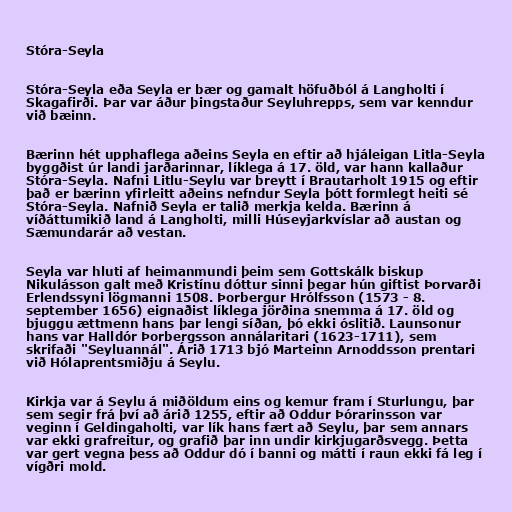
Stóra-Seyla

Stóra-Seyla eða Seyla er bær og gamalt höfuðból á Langholti í
Skagafirði. Þar var áður þingstaður Seyluhrepps, sem var kenndur
við bæinn.

Bærinn hét upphaflega aðeins Seyla en eftir að hjáleigan Litla-Seyla
byggðist úr landi jarðarinnar, líklega á 17. öld, var hann kallaður
Stóra-Seyla. Nafni Litlu-Seylu var breytt í Brautarholt 1915 og eftir
það er bærinn yfirleitt aðeins nefndur Seyla þótt formlegt heiti sé
Stóra-Seyla. Nafnið Seyla er talið merkja kelda. Bærinn á
víðáttumikið land á Langholti, milli Húseyjarkvíslar að austan og
Sæmundarár að vestan.

Seyla var hluti af heimanmundi þeim sem Gottskálk biskup
Nikulásson galt með Kristínu dóttur sinni þegar hún giftist Þorvarði
Erlendssyni lögmanni 1508. Þorbergur Hrólfsson (1573 - 8.
september 1656) eignaðist líklega jörðina snemma á 17. öld og
bjuggu ættmenn hans þar lengi síðan, þó ekki óslitið. Launsonur
hans var Halldór Þorbergsson annálaritari (1623-1711), sem
skrifaði "Seyluannál". Árið 1713 bjó Marteinn Arnoddsson prentari
við Hólaprentsmiðju á Seylu.

Kirkja var á Seylu á miðöldum eins og kemur fram í Sturlungu, þar
sem segir frá því að árið 1255, eftir að Oddur Þórarinsson var
veginn í Geldingaholti, var lík hans fært að Seylu, þar sem annars
var ekki grafreitur, og grafið þar inn undir kirkjugarðsvegg. Þetta
var gert vegna þess að Oddur dó í banni og mátti í raun ekki fá leg í
vígðri mold.